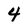
Character: 4